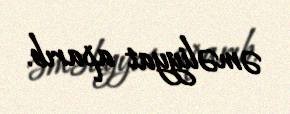
əməliyyat aparıb.